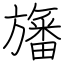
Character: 旛